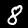
Digit: 8